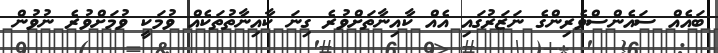
ބައެއް ސައެންސްވެރިންގެ ނަޒަރުގައި އެއް ކާއިނާތަށްވުރެ ގިނަ ކާއިނާތުތަކެއް ވުމަކީ ވުމަށްވުރެ ނުވުން